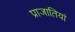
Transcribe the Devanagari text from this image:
प्राजातियां